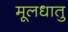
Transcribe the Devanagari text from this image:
मूलधातु